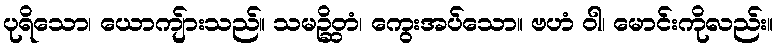
ပုရိသော၊ ယောကျ်ားသည်။ သမဉ္ဆိတံ၊ ကွေးအပ်သော။ ဗဟံ ဝါ၊ မောင်းကိုလည်း။